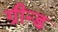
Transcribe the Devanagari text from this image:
ग्रीन्ड